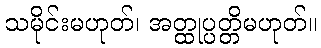
သမိုင်းမဟုတ်၊ အတ္ထုပ္ပတ္တိမဟုတ်။